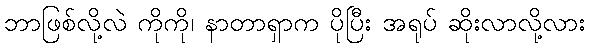
ဘာဖြစ်လို့လဲ ကိုကို၊ နာတာရှာက ပိုပြီး အရုပ် ဆိုးလာလို့လား